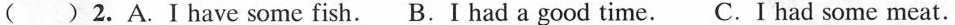
( ) 2.A.Ⅰ have some fish. B.I had a good time. C.I had some meat.